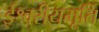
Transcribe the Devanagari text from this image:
ईश्वरीयमूर्ति